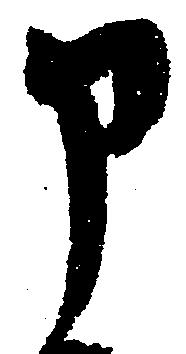
申